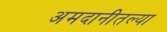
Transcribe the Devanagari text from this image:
अमदानीतल्या